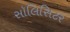
સૉલિસિટર